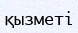
қызметі